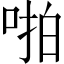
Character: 啪